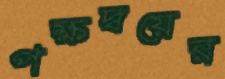
পক্ষদ্বয়ের